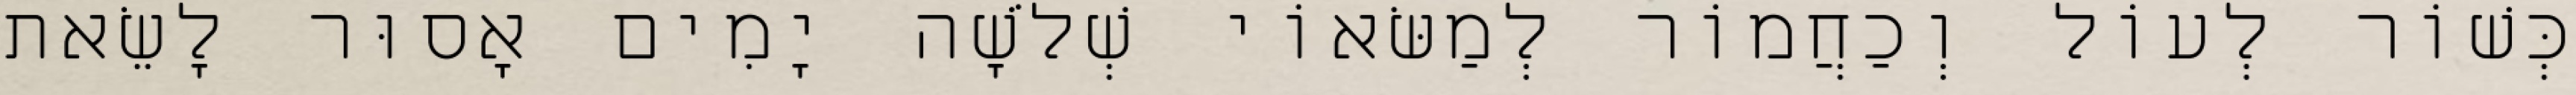
כְּשׁוֹר לְעוֹל וְכַחֲמוֹר לְמַשּׂאוֹי שְׁלֹשָׁה יָמִים אָסוּר לָשֵׂאת